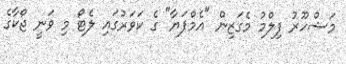
މަޝްހޫރު ފިލްމު މެގަޒިން "އެމްޕަޔާ" ގެ ކަވަރުގައި ލެޓޯ މި ވަނީ ޖޯކާގެ